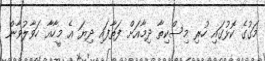
މަގުގެ ކޮޅުގައި ހުރި މިސްކިތާ ދިމާއަށް ފަތާފައި ދިޔަ އެ މީހާއާ ހަވާލުވާން